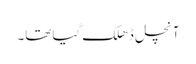
آنچل ڈھلک گیا تھا۔